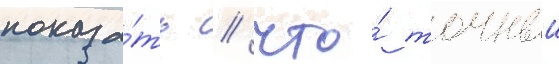
показа́ть / что́ точныи